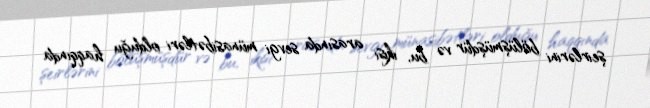
şeirlərini bölüşmüşdür və bu, ikisi arasında sevgi münasibətləri olduğu haqqında